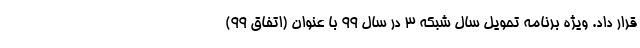
قرار داد. ویژه برنامه تحویل سال شبکه 3 در سال 99 با عنوان (اتفاق 99)